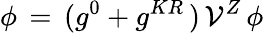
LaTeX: \phi\, =\, (g^{0}+g^{KR}\, )\, \mathcal{V}^{Z}\, \phi